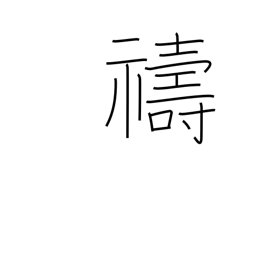
Meaning: entreat